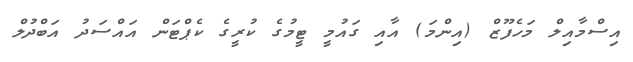
އިސްމާއިލް މަހެފޫޒް (އިންމަ) އާއި ގައުމީ ޓީމުގެ ކުރީގެ ކެޕްޓަން އައްސަދު އަބްދުލް